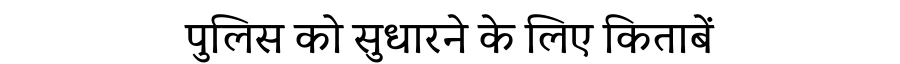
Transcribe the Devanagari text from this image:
पुलिस को सुधारने के लिए किताबें